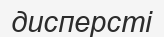
дисперсті